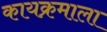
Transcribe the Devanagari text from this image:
कायक्रमाला